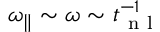
{ \omega _ { \parallel } } \sim \omega \sim t _ { \mathrm { ~ n ~ l ~ } } ^ { - 1 }